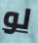
لو